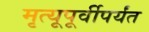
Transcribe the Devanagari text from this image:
मृत्यूपूर्वीपर्यंत